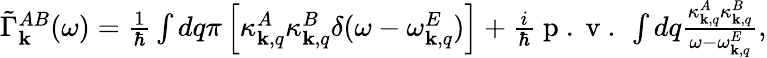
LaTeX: \begin{array}{r}{\tilde{\Gamma}_{\mathbf k}^{AB}(\omega)=\frac{1}{\hbar}\int dq\pi\left[\kappa_{{\mathbf k},q}^{A}\kappa_{{\mathbf k},q}^{B}\delta(\omega-\omega_{{\mathbf k},q}^{E})\right]+\frac{i}{\hbar}\mathrm{~p~.~v~.~}\int dq\frac{\kappa_{{\mathbf k},q}^{A}\kappa_{{\mathbf k},q}^{B}}{\omega-\omega_{{\mathbf k},q}^{E}},}\end{array}